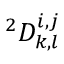
{ } ^ { 2 } D _ { k , l } ^ { i , j }